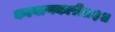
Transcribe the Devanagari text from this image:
कल्याणकारी॥३॥